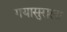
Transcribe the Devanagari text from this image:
गयासुराला